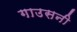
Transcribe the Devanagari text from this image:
गाउसनी